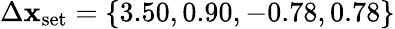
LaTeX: \Delta\mathbf{x}_{\textrm{{set}}}=\{ 3.50,0.90,-0.78,0.78\}